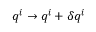
q ^ { i } \rightarrow q ^ { i } + \delta q ^ { i }